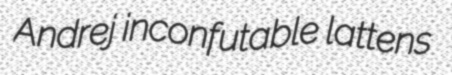
Andrej inconfutable lattens